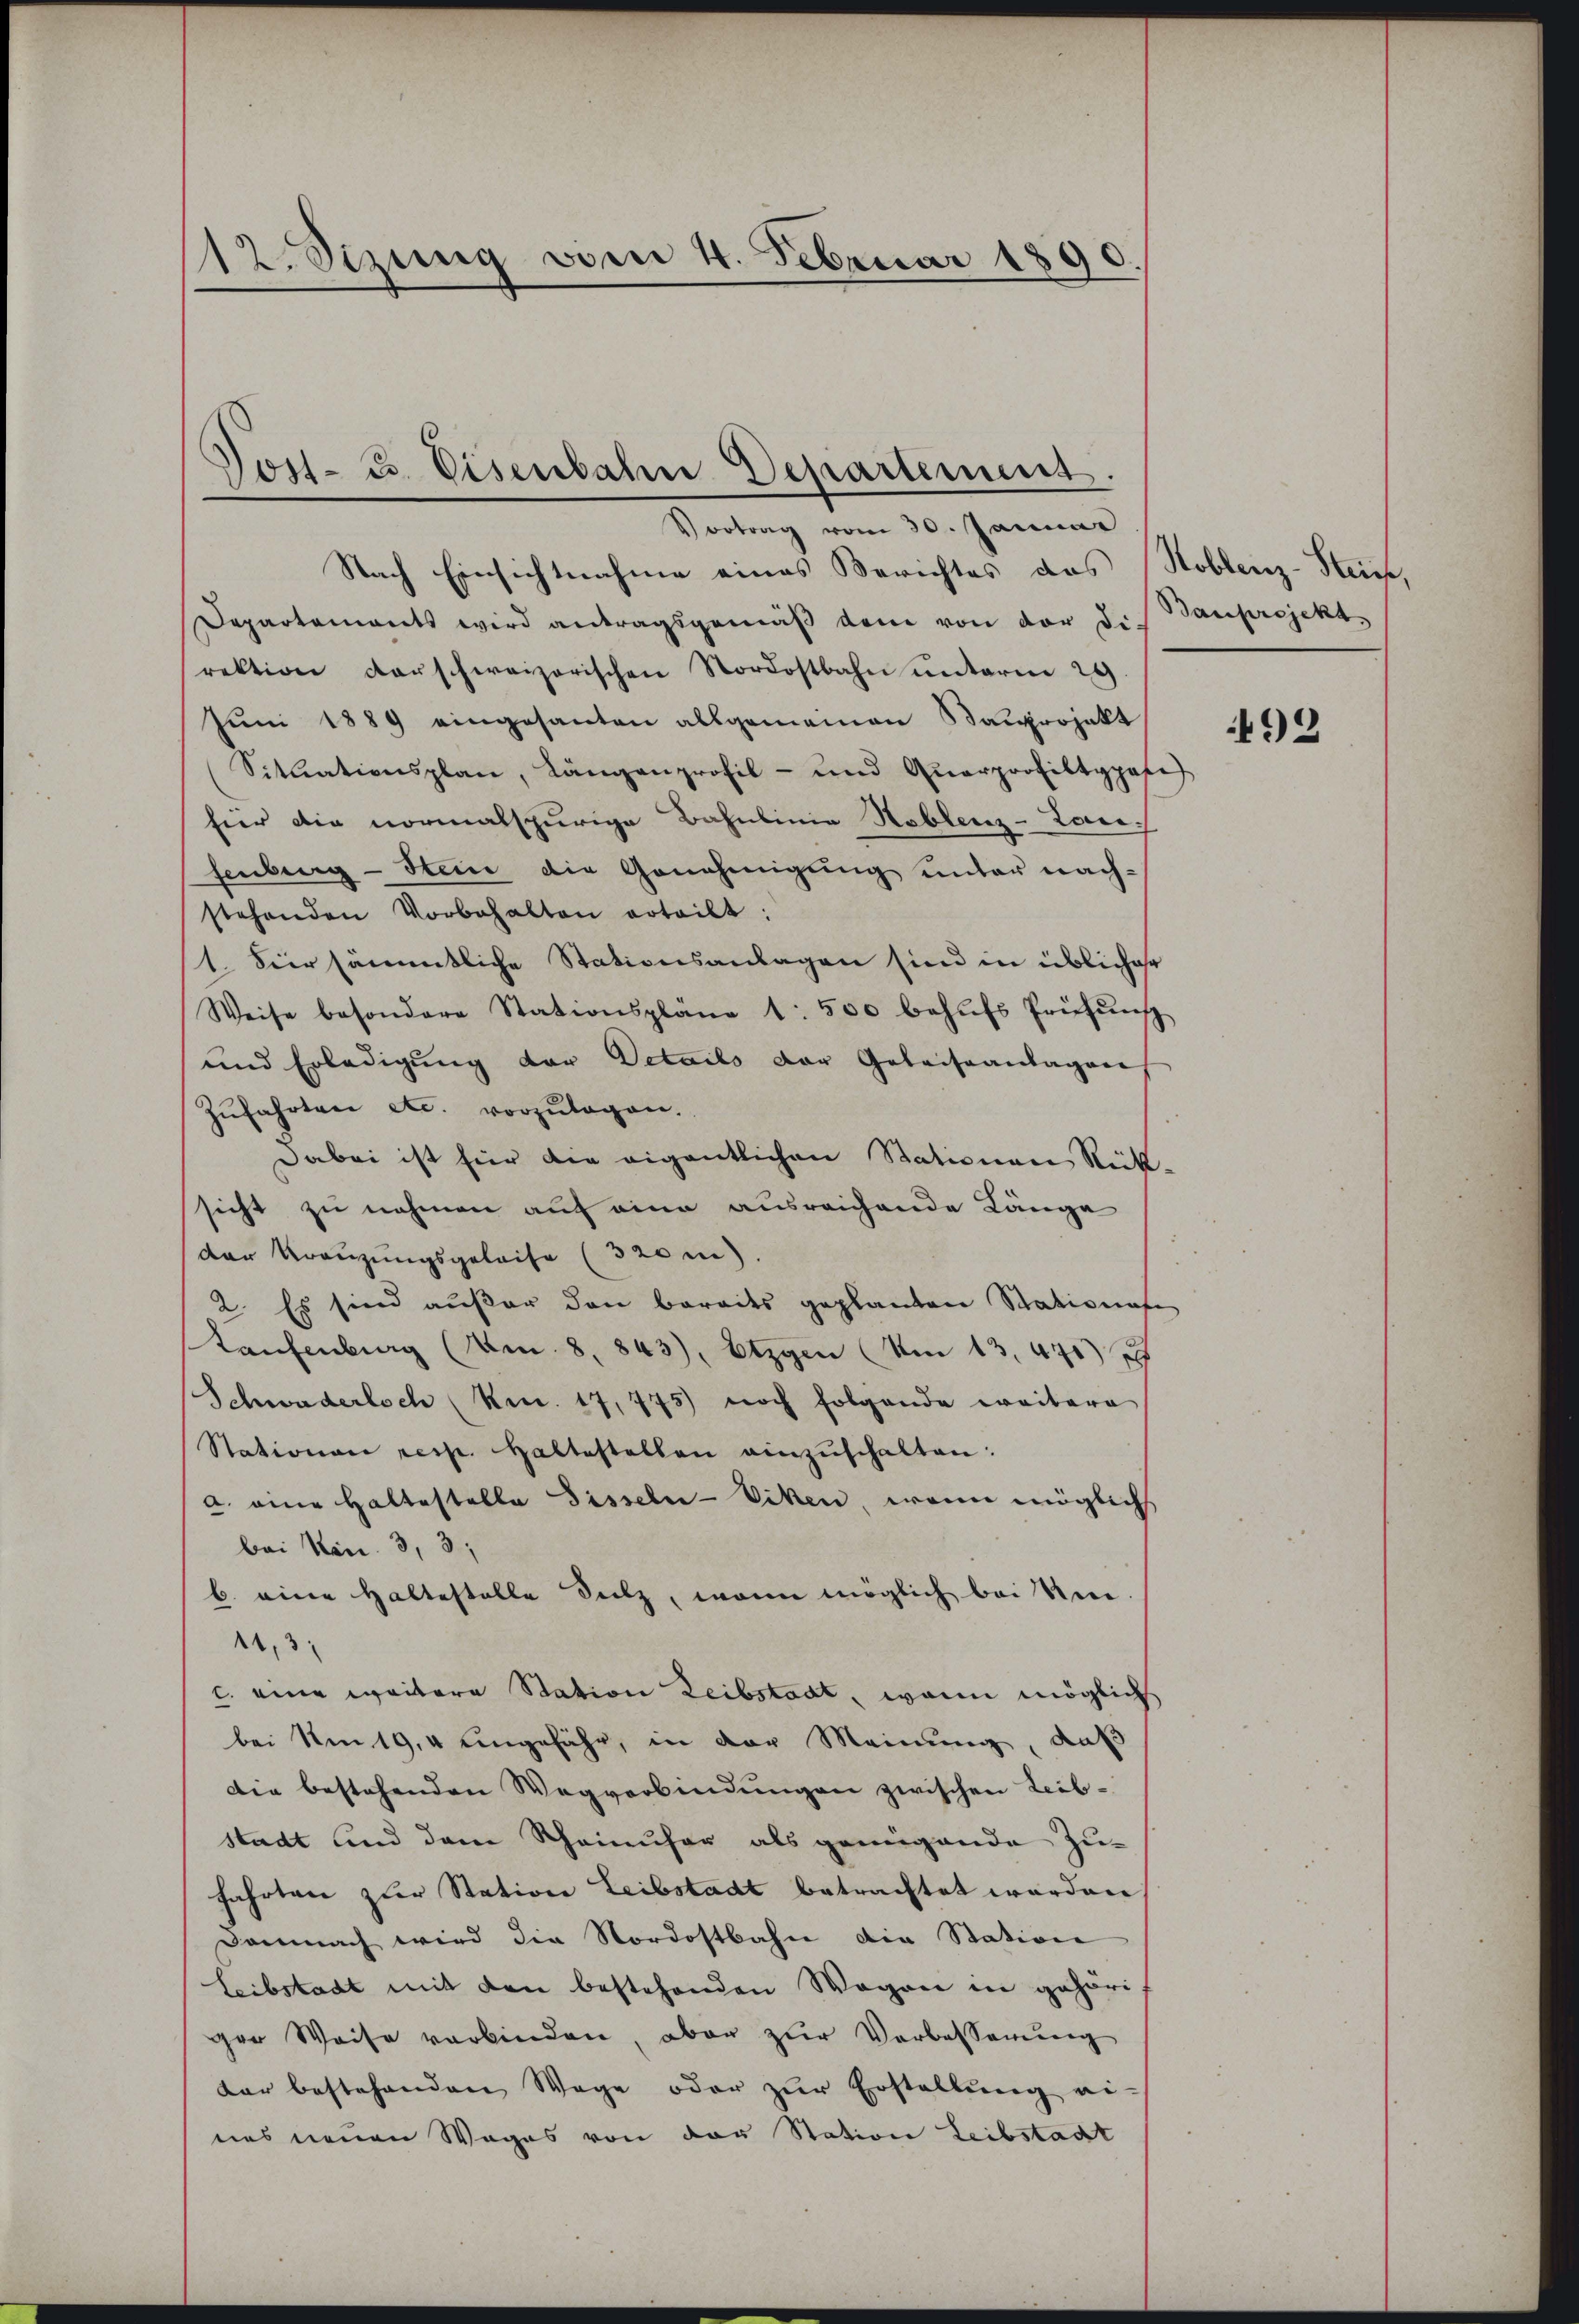
12. Stzung vom 4. Februar 1890.

Post- u. Eisenbahn Departement.
Vortrag vom 30. Januar

Nach Einsichtnahme eines Berichtes des Hoblenz-Steiche,
Departements wird antragsgemäß dem von der die Bauprojekt
rektion derschweizerischen Nordostbahn unterm 29.
Jŭni 1889 eingesanten allgemeinen Bauprojekt
Sctliationsplan, Längenprofil- und Qŭarprofiltypose
für die normalspurige Bahnlinie Noblenz-Lan-
fenburg - Stein die Genehmigung unter nach-
stehenden Vorbehalten erteilt:
1. Vier sämmtliche Stationsanlagen sind in üblicher
Weise besondere Stationspläne 1: 500 behŭfs Prüfŭng
und Erledigung der Details der Geleiseanlagen
Zŭfahrten etc. vorzŭlagen.
Dabei ist für die eigentlichen Stationen Rück-
sicht zu nehmen auf eine ausreichende Länge
der Kreuzungsgeleise (320m).
2. Es sind außer den berades geplanten Stationa
Laufenburg (en 8. 843), Etzgen Am 13. 471)
Schwaderloch (Nr. 17,775) noch folgende weitere
Stationen resp. Haltestellen einzŭschalten:
a. eine Haltestalla Fisseln-Viken, wenn möglichs
bei Min. 3, 3,
b. eine Haltestelle Sitz, wenn möglich bei Un
11,3
1. eine weitere Station Leibstadt, wenn möglichs
bei Um 19. 4 eingefähr, in der Meinung, daß
die bestehenden Wegverbindŭngen zwischen Leib-
stadt und dem Scheinufer als genügende Zu-
fahrten zur Station Leibstadt betrachtet werden
Demnach wird die Nordostbahn die Station
Leibstadt mit den bestehenden Wegen in gehöri
ger Weise verbinden, aber zur Vorbesserung
dar bestehenden Wege oder zŭr Erstellŭng ei-
nes neuen Weges von der Station Leibstadt

492